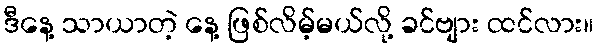
ဒီနေ့ သာယာတဲ့ နေ့ ဖြစ်လိမ့်မယ်လို့ ခင်ဗျား ထင်လား။